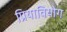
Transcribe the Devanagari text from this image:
प्रियावियोग